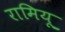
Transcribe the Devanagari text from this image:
रामियू